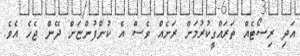
އަދި ރިސޯޓެއް ތަރައްގީކުރުމަށް ރަށެއް ވެސް އެ ކުންފުންޏަށް ދޭން ޖެހެ އެވެ.